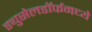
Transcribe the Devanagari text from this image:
ड्युसेलडॉर्फमध्ये